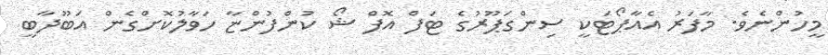
މީހުންނެވެ. މާފަރު އެއާޕޯޓަކީ ސިންގަޕޫރުގެ ޓަފް އޮފް ޝޯ ކުންފުންޏާ ހަވާލުކޮށްގެން އަބޫދާބީ